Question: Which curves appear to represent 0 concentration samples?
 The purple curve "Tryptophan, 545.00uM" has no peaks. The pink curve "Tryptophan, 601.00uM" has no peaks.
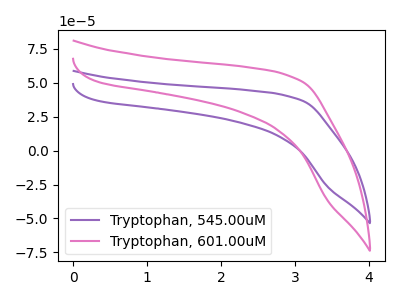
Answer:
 <answer>"Tryptophan, 545.00uM" and "Tryptophan, 601.00uM" are likely to be blanks.</answer>
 <eval>"Tryptophan, 545.00uM", "Tryptophan, 601.00uM"</eval>